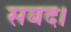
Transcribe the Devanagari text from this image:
सबद।